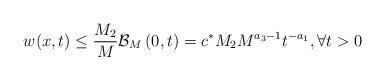
LaTeX: \begin{align*}w(x,t)\leq \frac{M_2}{M}\mathcal{B}_{M}\left(0,t\right)=c^{\ast}M_2M^{a_3-1}t^{-a_1}, \forall t>0\end{align*}